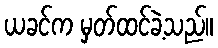
ယခင်က မှတ်ထင်ခဲ့သည်။